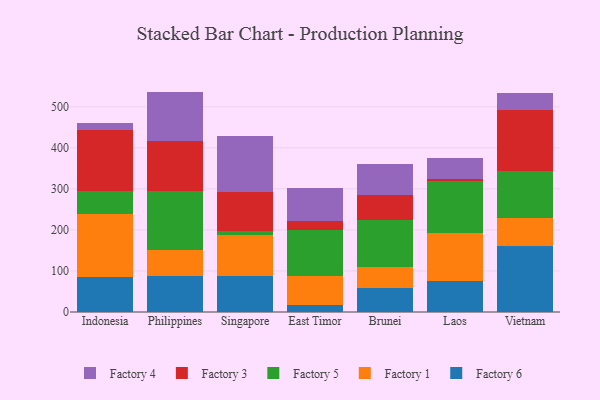
{"axis": {"x": "Country", "y": "Temperature (°C)"}, "legend": ["Factory 1", "Factory 3", "Factory 4", "Factory 5", "Factory 6"], "data": [{"x": "Indonesia", "y": 85.4, "type": "Factory 6"}, {"x": "Indonesia", "y": 152.9, "type": "Factory 1"}, {"x": "Indonesia", "y": 56.2, "type": "Factory 5"}, {"x": "Indonesia", "y": 148.0, "type": "Factory 3"}, {"x": "Indonesia", "y": 19.2, "type": "Factory 4"}, {"x": "Philippines", "y": 88.2, "type": "Factory 6"}, {"x": "Philippines", "y": 63.9, "type": "Factory 1"}, {"x": "Philippines", "y": 142.3, "type": "Factory 5"}, {"x": "Philippines", "y": 122.8, "type": "Factory 3"}, {"x": "Philippines", "y": 119.8, "type": "Factory 4"}, {"x": "Singapore", "y": 86.8, "type": "Factory 6"}, {"x": "Singapore", "y": 100.7, "type": "Factory 1"}, {"x": "Singapore", "y": 10.9, "type": "Factory 5"}, {"x": "Singapore", "y": 93.0, "type": "Factory 3"}, {"x": "Singapore", "y": 136.6, "type": "Factory 4"}, {"x": "East Timor", "y": 17.4, "type": "Factory 6"}, {"x": "East Timor", "y": 70.5, "type": "Factory 1"}, {"x": "East Timor", "y": 111.5, "type": "Factory 5"}, {"x": "East Timor", "y": 22.9, "type": "Factory 3"}, {"x": "East Timor", "y": 80.2, "type": "Factory 4"}, {"x": "Brunei", "y": 58.8, "type": "Factory 6"}, {"x": "Brunei", "y": 51.2, "type": "Factory 1"}, {"x": "Brunei", "y": 114.2, "type": "Factory 5"}, {"x": "Brunei", "y": 60.7, "type": "Factory 3"}, {"x": "Brunei", "y": 74.6, "type": "Factory 4"}, {"x": "Laos", "y": 74.9, "type": "Factory 6"}, {"x": "Laos", "y": 117.3, "type": "Factory 1"}, {"x": "Laos", "y": 125.8, "type": "Factory 5"}, {"x": "Laos", "y": 5.5, "type": "Factory 3"}, {"x": "Laos", "y": 52.6, "type": "Factory 4"}, {"x": "Vietnam", "y": 160.4, "type": "Factory 6"}, {"x": "Vietnam", "y": 69.8, "type": "Factory 1"}, {"x": "Vietnam", "y": 112.7, "type": "Factory 5"}, {"x": "Vietnam", "y": 148.6, "type": "Factory 3"}, {"x": "Vietnam", "y": 43.2, "type": "Factory 4"}]}